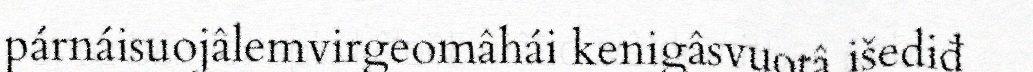
párnáisuojâlemvirgeomâhái kenigâsvuotâ išediđ